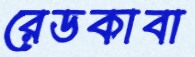
রেডকাবা